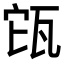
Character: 㼠